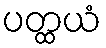
ပတ္ထယံ